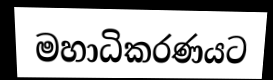
මහාධිකරණයට